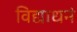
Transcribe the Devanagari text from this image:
विद्याधनं